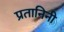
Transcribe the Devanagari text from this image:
प्रतानिनी